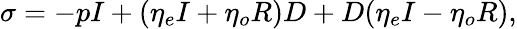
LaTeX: \sigma=-pI+(\eta_{e}I+\eta_{o}R)D+D(\eta_{e}I-\eta_{o}R),